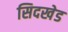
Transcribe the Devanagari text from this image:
सिदखेड